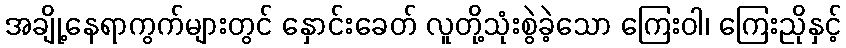
အချို့နေရာကွက်များတွင် နှောင်းခေတ် လူတို့သုံးစွဲခဲ့သော ကြေးဝါ၊ ကြေးညိုနှင့်